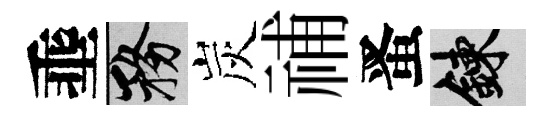
埀務炭𥙷󱉠練